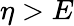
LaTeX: \eta>E